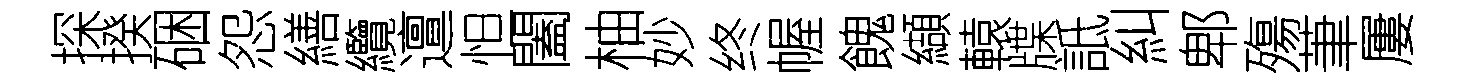
探揆硱怨繕纜邅怛闔柚妙终幄餽纈轅牒詆糾郫殤茟屢